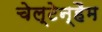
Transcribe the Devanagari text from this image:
चेल्टेन्हैम